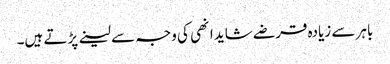
باہر سے زیادہ قرضے شاید انھی کی وجہ سے لینے پڑتے ہیں۔